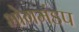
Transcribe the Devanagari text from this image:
भोगमंडप